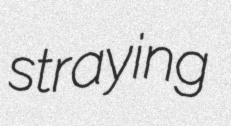
straying